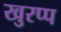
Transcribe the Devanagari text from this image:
खुरप्प